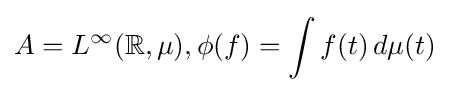
A=L^{\infty }(\mathbb {R} ,\mu ),\phi (f)=\int f(t)\,d\mu (t)